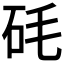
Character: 𥐽